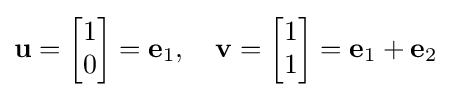
\mathbf {u} ={\begin{bmatrix}1\\0\end{bmatrix}}=\mathbf {e} _{1},\quad \mathbf {v} ={\begin{bmatrix}1\\1\end{bmatrix}}=\mathbf {e} _{1}+\mathbf {e} _{2}